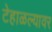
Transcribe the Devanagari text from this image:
टेहाळल्यावर